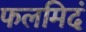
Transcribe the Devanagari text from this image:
फलमिदं